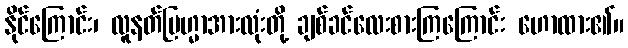
နိုင်ကြောင်း၊ လူနတ်ဗြဟ္မာအားလုံးတို့ ချစ်ခင်လေးစားကြကြောင်း ဟောထား၏။